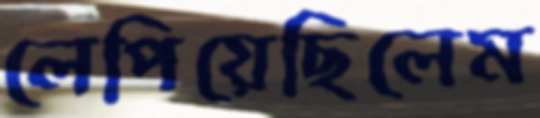
লেপিয়েছিলেম